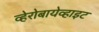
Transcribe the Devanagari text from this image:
व्हेरोबायेव्हाइट